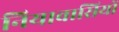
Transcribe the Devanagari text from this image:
नियावासियों